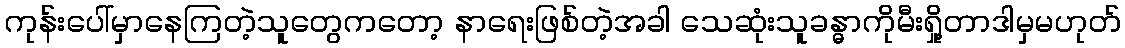
ကုန်းပေါ်မှာနေကြတဲ့သူတွေကတော့ နာရေးဖြစ်တဲ့အခါ သေဆုံးသူခန္ဓာကိုမီးရှို့တာဒါမှမဟုတ်